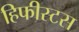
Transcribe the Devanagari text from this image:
हिफीस्टस